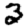
Digit: 3